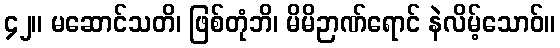
၄၂။ မဆောင်သတိ၊ ဖြစ်တုံဘိ၊ မိမိဉာဏ်ရောင် နဲလိမ့်သောဝ်။